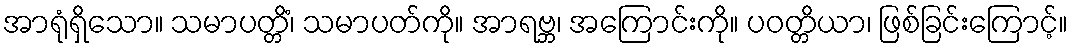
အာရုံရှိသော။ သမာပတ္တိံ၊ သမာပတ်ကို။ အာရဗ္ဘ၊ အကြောင်းကို။ ပဝတ္တိယာ၊ ဖြစ်ခြင်းကြောင့်။